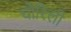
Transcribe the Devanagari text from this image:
चोरिली